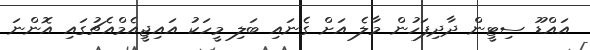
އައްޑޫ ސިޓީން ދާދިފަހުން މާލެ އަށް ގެނައި ބަލި މީހަކު އައިޖީއެމްއެޗުގައި އޮންނަ